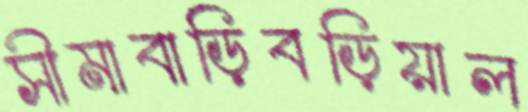
সীমাবাড়িবড়িয়াল